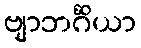
ဗျာဘင်္ဂိယာ